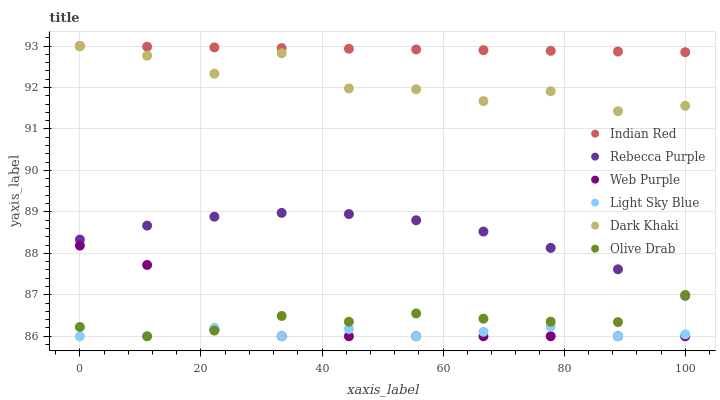
| xaxis_label | Indian Red | Rebecca Purple | Web Purple | Light Sky Blue | Dark Khaki | Olive Drab |
 | --- | --- | --- | --- | --- | --- | --- |
 | 0 | 93 | 88.3 | 88.2 | 86 | 93 | 86.2 |
 | 11.1 | 93 | 88.7 | 87.7 | 86 | 92.8 | 86 |
 | 22.2 | 93 | 88.9 | 86.2 | 86.2 | 92.3 | 86.1 |
 | 33.3 | 93 | 89 | 86 | 86 | 92.8 | 86.5 |
 | 44.4 | 92.9 | 88.9 | 86 | 86.2 | 92 | 86.4 |
 | 55.6 | 92.9 | 88.8 | 86 | 86 | 92 | 86.5 |
 | 66.7 | 92.9 | 88.5 | 86 | 86.1 | 91.7 | 86.4 |
 | 77.8 | 92.9 | 88.1 | 86 | 86.2 | 91.9 | 86.4 |
 | 88.9 | 92.9 | 87.6 | 86 | 86 | 91.4 | 86.3 |
 | 100 | 92.9 | 87 | 86 | 86 | 91.6 | 87 |